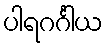
ပါရဂင်္ဂါယ